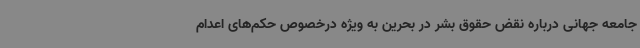
جامعه جهانی درباره نقض حقوق بشر در بحرین به ویژه درخصوص حکم‌های اعدام